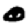
Digit: 0